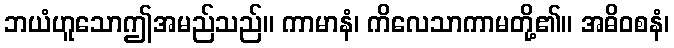
ဘယံဟူသောဤအမည်သည်။ ကာမာနံ၊ ကိလေသာကာမတို့၏။ အဓိဝစနံ၊